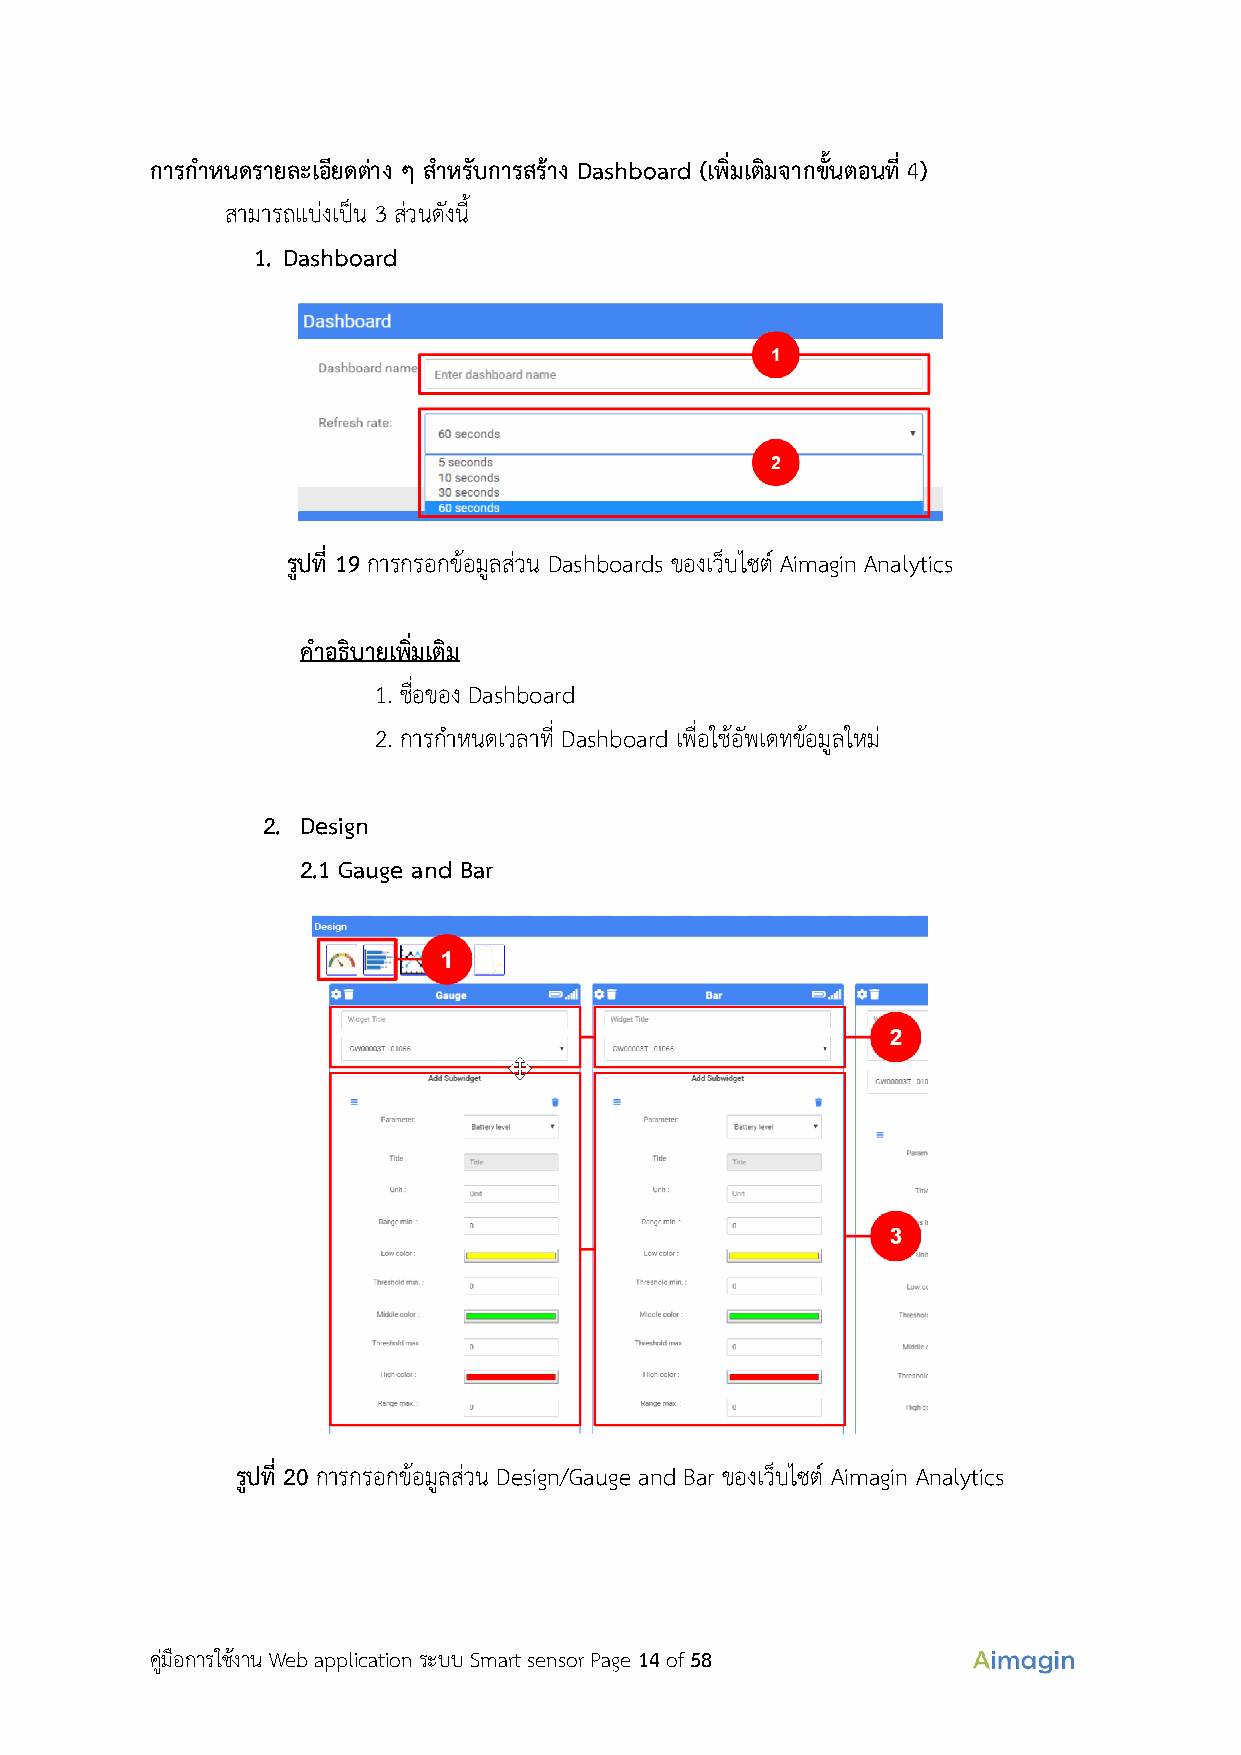
การกำหนดรายละเอียดต่าง ๆ สำหรับการสร้าง Dashboard (เพิ่มเติมจากขั้นตอนที่ 4)
 สามารถแบ่งเป็น 3 ส่วนดังนี้
 1. Dashboard
 รูปที่ 19 การกรอกข้อมูลส่วน Dashboards ของเว็บไซต์ Aimagin Analytics
 คำอธิบายเพิ่มเติม
 1. ชื่อของ Dashboard
 2. การกำหนดเวลาที่ Dashboard เพื่อใช้อัพเดทข้อมูลใหม่
 2. Design
 2.1 Gauge and Bar
 รูปที่ 20 การกรอกข้อมูลส่วน Design/Gauge and Bar ของเว็บไซต์ Aimagin Analytics
 คู่มือการใช้งาน Web application ระบบ Smart sensor Page 14 of 58